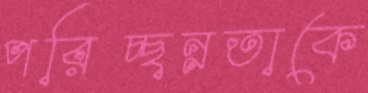
পরিচ্ছন্নতাকে